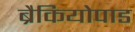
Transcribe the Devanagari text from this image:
ब्रैकियोपाड